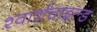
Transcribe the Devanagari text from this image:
श्वार्शचाइल्ड